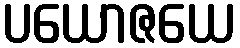
ပယောဇယေ